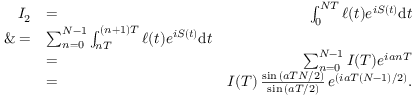
\begin{array} { r l r } { I _ { 2 } } & { = } & { \int _ { 0 } ^ { N T } \ell ( t ) e ^ { i S ( t ) } \mathrm { d } t } \\ { \& = } & { \sum _ { n = 0 } ^ { N - 1 } \int _ { n T } ^ { ( n + 1 ) T } \ell ( t ) e ^ { i S ( t ) } \mathrm { d } t } \\ & { = } & { \sum _ { n = 0 } ^ { N - 1 } I ( T ) e ^ { i a n T } } \\ & { = } & { I ( T ) \, \frac { \sin { ( a T N / 2 ) } } { \sin { ( a T / 2 ) } } \, e ^ { ( i a T ( N - 1 ) / 2 ) } . } \end{array}